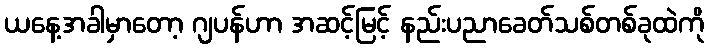
ယနေ့အခါမှာတော့ ဂျပန်ဟာ အဆင့်မြင့် နည်းပညာခေတ်သစ်တစ်ခုထဲကို